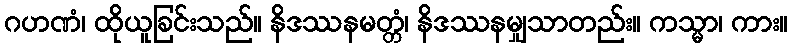
ဂဟဏံ၊ ထိုယူခြင်းသည်။ နိဒဿနမတ္တံ၊ နိဒဿနမျှသာတည်း။ ကသ္မာ၊ ကား။